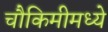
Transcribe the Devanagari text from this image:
चौकिमीमध्ये